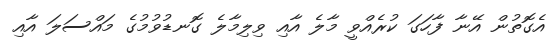
އެގޮތުން އޭނާ ފާހަގަ ކުރެއްވީ މާލެ އާއި ވިލިމާލެ ގޮނޑުވުމުގެ މައްސަލަ އާއި